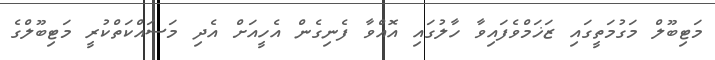
މަޓިބޫލް މަގުމަތީގައި ޒަޚަމްވެފައިވާ ހާލުގައި އޮއްވާ ފެނިގެން އެހީއަށް އެދި މަސައްކަތްކުރީ މަޓިބޫލްގެ